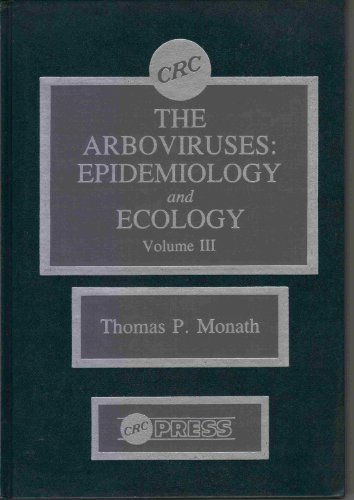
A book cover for The Arboviruses:  Epidemiology and Ecology, Vol. 3; Thomas P. Monath; Medical Books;